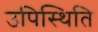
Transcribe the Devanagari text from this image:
उपिस्थिति